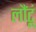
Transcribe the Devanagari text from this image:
लौंटूं